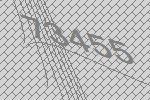
73455